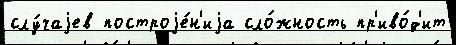
слу́чаjев построjе́н'иjа сло́жность пр'иво́д'ит